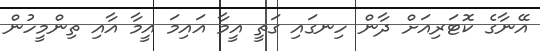
އޭނާގެ ކޮޓަރިއަށް ދާން ހިނގައި ގަތީ އީމާ އައިމަ އީމާ އާއި ތިންމީހުން